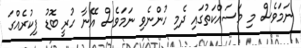
ނަމަވެސް މި މަސައްކަތުގައި ދެމި ހުންނެވި ނަމަވެސް އޭނާ ހުރީ ބޮޑު ފިކުރެއްގަ